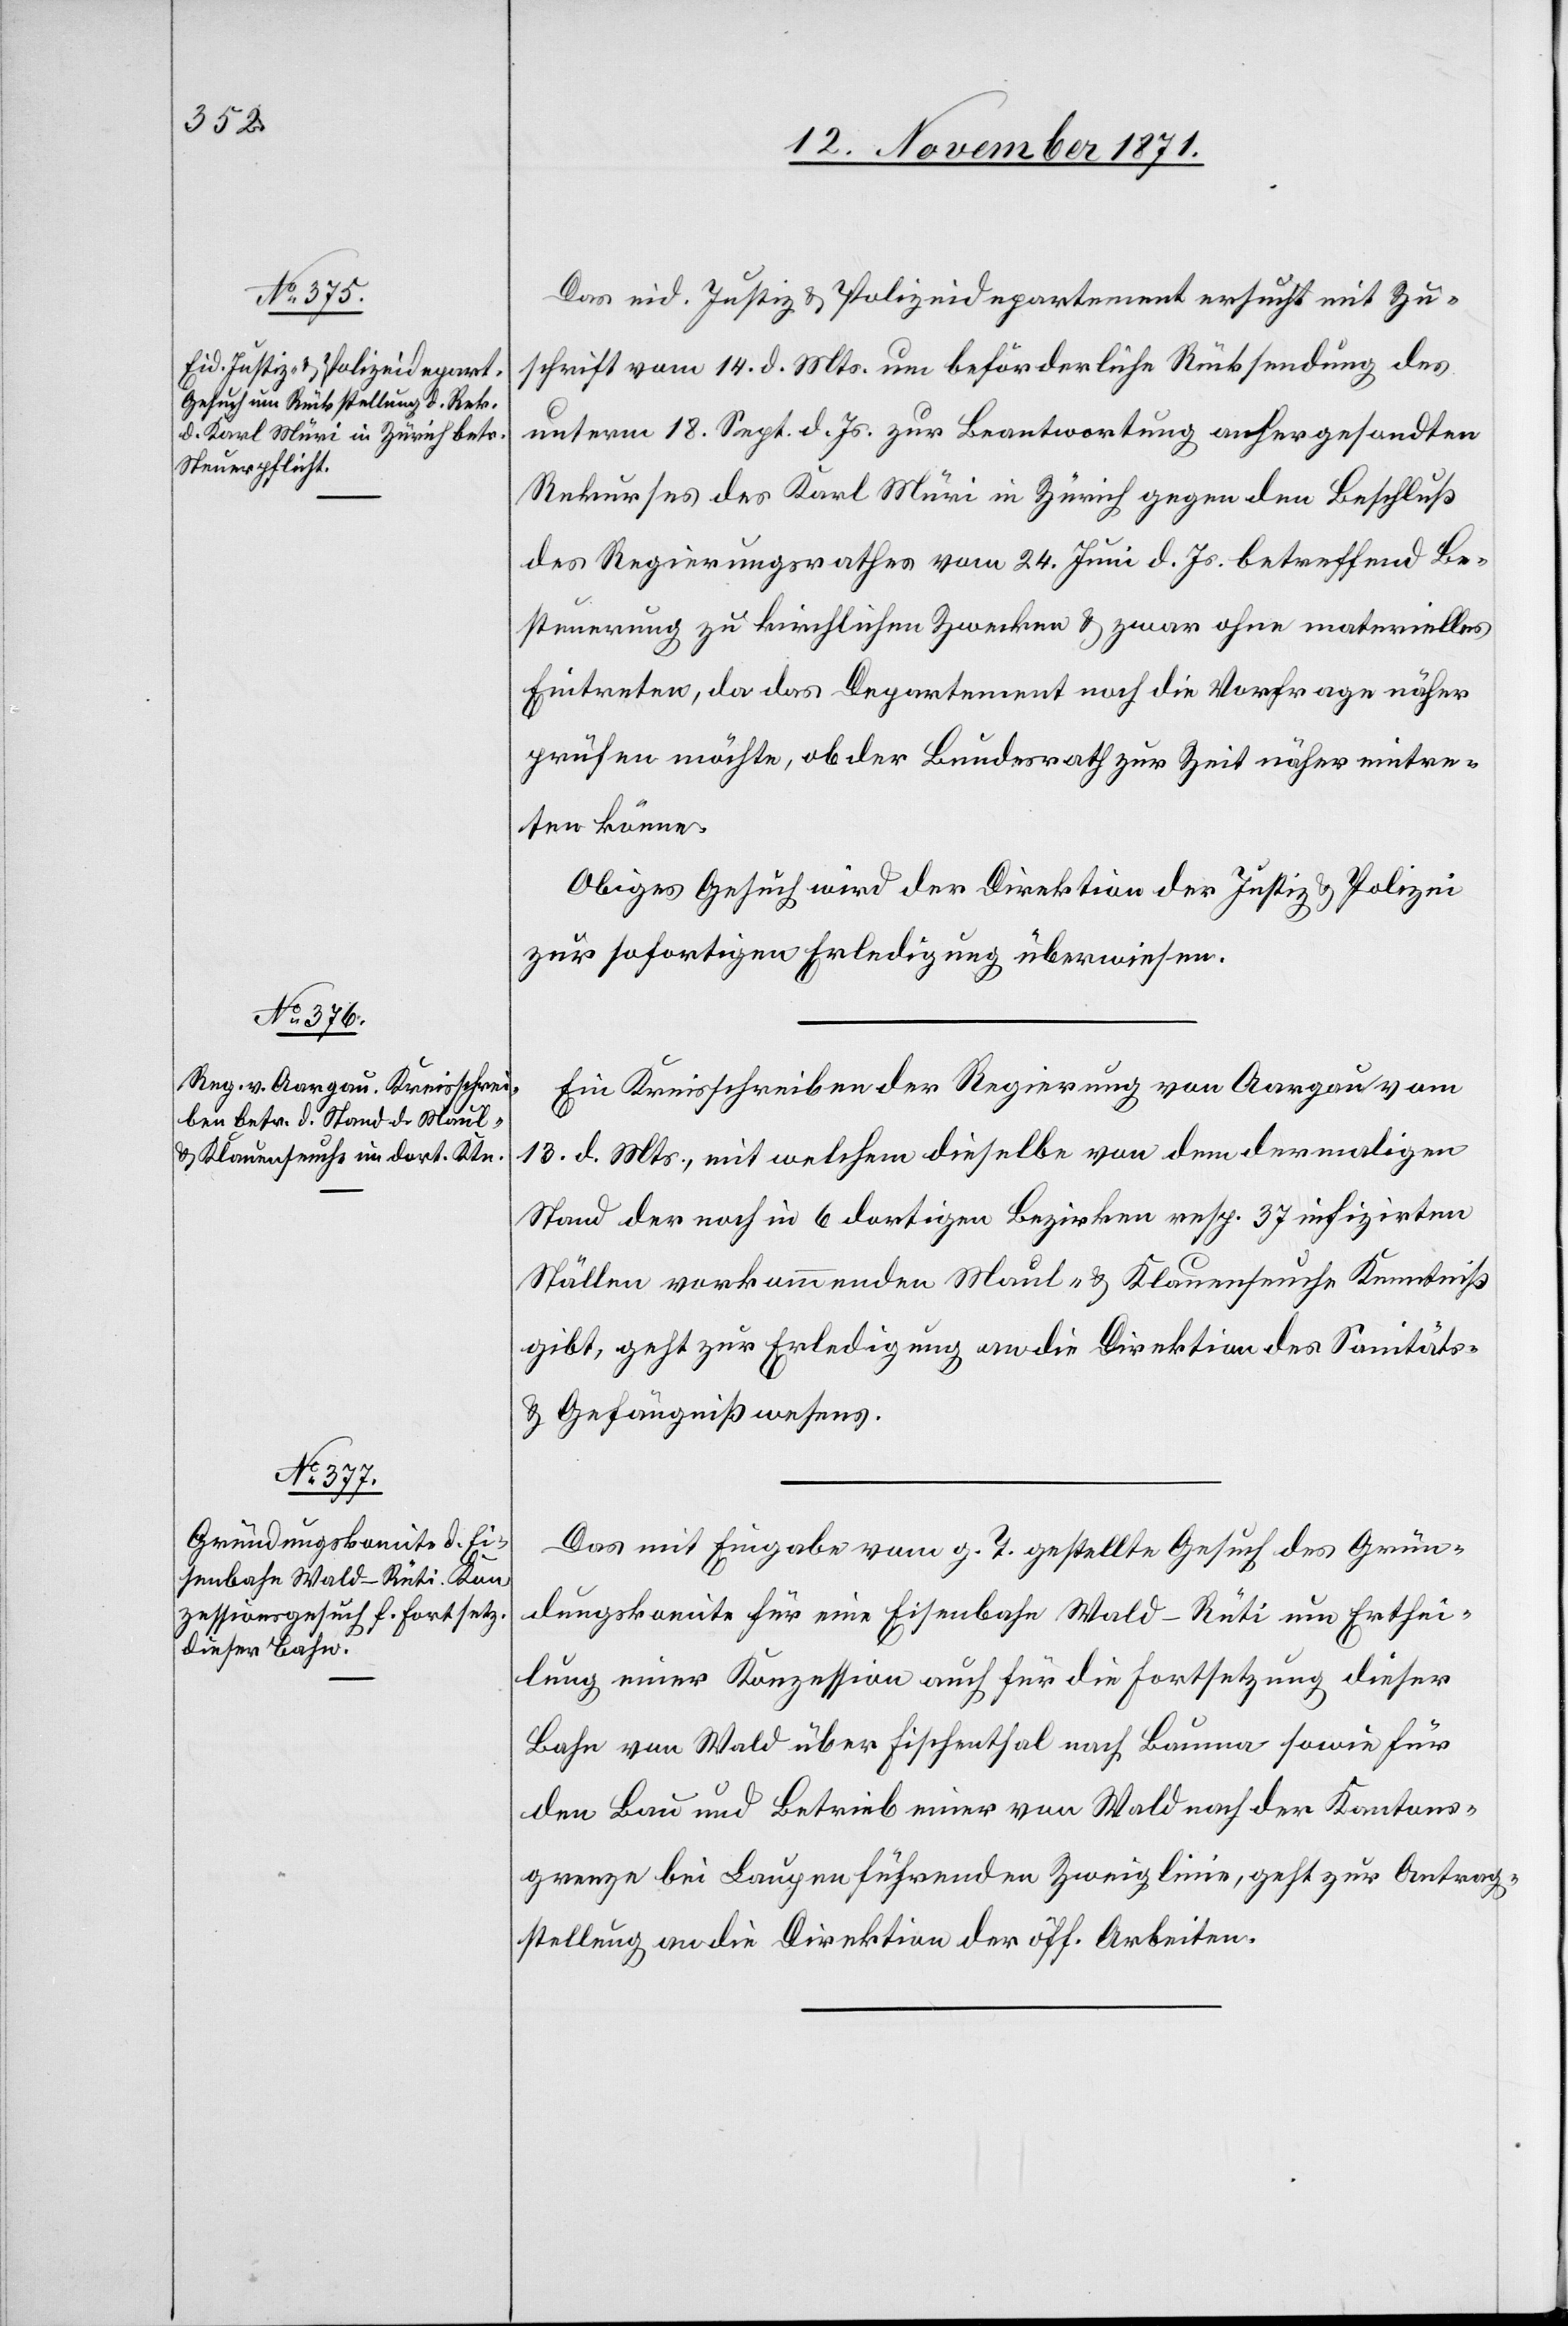
15. November 1871.]
Das eid. Justiz[-] & Polizeidepartement ersucht mit Zu¬
schrift vom 14. d. Mts. um beförderliche Rücksendung des
unterm 18. Sept. d. Js. zur Beantwortung anhergesandten
Rekurses des Karl Müri in Zürich gegen den Beschluß
des Regierungsrathes vom 24. Juni d. Js. betreffend Be¬
steuerung zu kirchlichen Zwecken & zwar ohne materielles
Eintreten, da das Departement noch die Vorfrage näher
prüfen möchte, ob der Bundesrath zur Zeit näher eintre¬
ten könne.
Obiges Gesuch wird der Direktion der Justiz & Polizei
zur sofortigen Erledigung überwiesen.
Ein Kreisschreiben der Regierung von Aargau vom
13. d. Mts., mit welchem dieselbe von dem dermaligen
Stand der noch in 6 dortigen Bezirken resp. 37 infizirten
Ställen vorkommenden Maul- & Klauenseuche Kenntniß
gibt, geht zur Erledigung an die Direktion des Sanitäts-
& Gefängnißwesens.
Das mit Eingabe vom g. T. gestellte Gesuch des Grün¬
dungskomite für eine Eisenbahn Wald–Rüti um Erthei¬
lung einer Konzession auch für die Fortsetzung dieser
Bahn von Wald über Fischenthal nach Bauma sowie für
den Bau und Betrieb einer von Wald nach der Kantons¬
grenze bei Laupen führenden Zweiglinie, geht zur Antrag¬
stellung an die Direktion der öff. Arbeiten.